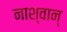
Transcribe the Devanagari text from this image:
नाश्वान्‌